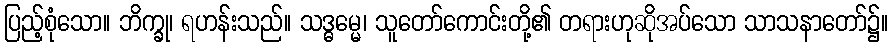
ပြည့်စုံသော။ ဘိက္ခု၊ ရဟန်းသည်။ သဒ္ဓမ္မေ၊ သူတော်ကောင်းတို့၏ တရားဟုဆိုအပ်သော သာသနာတော်၌။